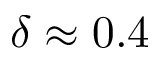
\delta \approx 0 . 4